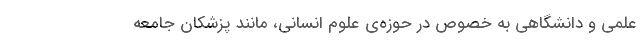
علمی و دانشگاهی به خصوص در حوزه‌ی علوم انسانی، مانند پزشکانِ جامعه